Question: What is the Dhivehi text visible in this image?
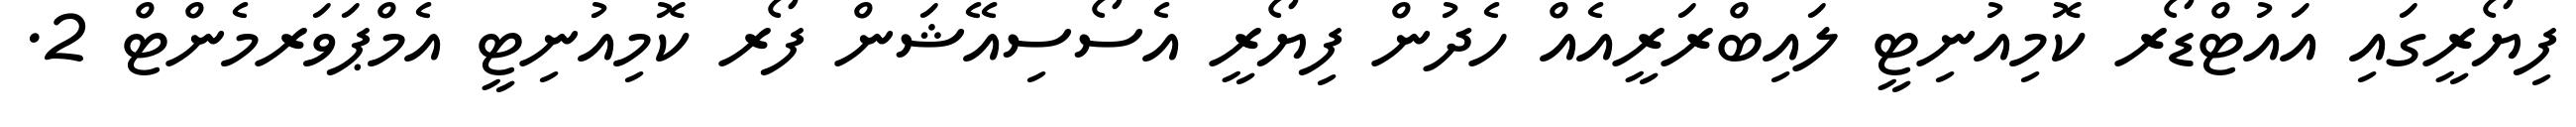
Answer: ފިޔޯރީގައި އައުޓްޑޯރ ކޮމިއުނިޓީ ލައިބްރަރީއެއް ހެދުން ފިޔޯރީ އެސޯސިއޭޝަން ފޯރ ކޮމިއުނިޓީ އެމްޕަވަރމެންޓް 2.